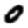
Digit: 0